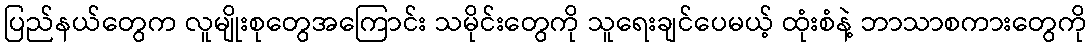
ပြည်နယ်တွေက လူမျိုးစုတွေအကြောင်း သမိုင်းတွေကို သူရေးချင်ပေမယ့် ထုံးစံနဲ့ ဘာသာစကားတွေကို